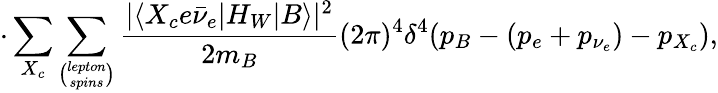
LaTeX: \cdot\sum_{X_{c}}\sum_{\binom{lepton}{spins}}\frac{|\langle X_{c}e\bar{\nu}_{e}|H_{W}|B\rangle|^{2}}{2m_{B}}(2\pi)^{4}\delta^{4}(p_{B}-(p_{e}+p_{\nu_{e}})-p_{X_{c}}),